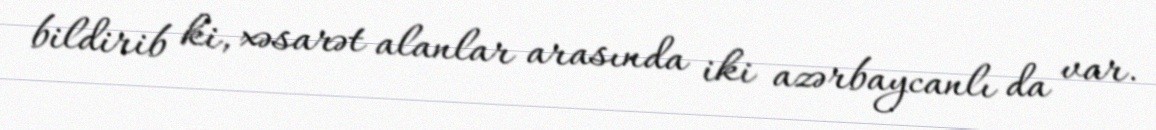
bildirib ki, xəsarət alanlar arasında iki azərbaycanlı da var.